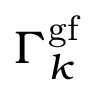
\Gamma _ { k } ^ { \mathrm { g f } }